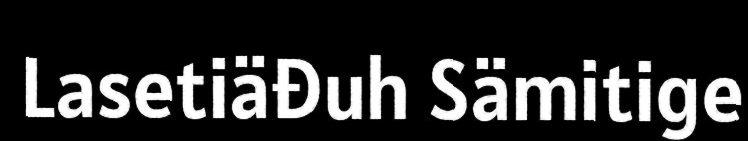
Lasetiäđuh Sämitige